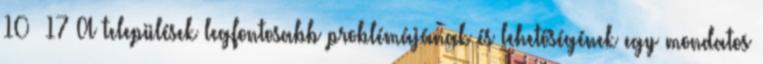
10 17 A települések legfontosabb problémájának és lehetőségének egy mondatos